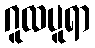
ဂူထပူရာ